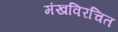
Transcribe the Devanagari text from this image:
मंखविरचित